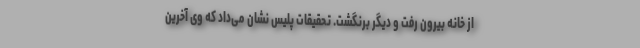
از خانه بیرون رفت و دیگر برنگشت. تحقیقات پلیس نشان می‌داد که وی آخرین